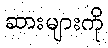
ဆားများကို